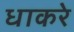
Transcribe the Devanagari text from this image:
धाकरे